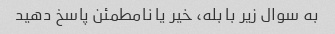
به سوال زیر با بله، خیر یا نامطمئن پاسخ دهید